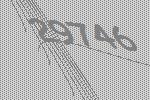
29746